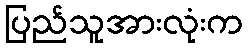
ပြည်သူအားလုံးက